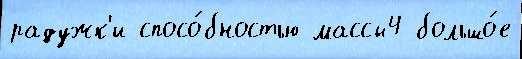
радужк'и спосо́бностью массы4 большо́е